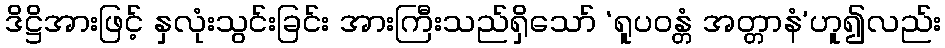
ဒိဋ္ဌိအားဖြင့် နှလုံးသွင်းခြင်း အားကြီးသည်ရှိသော် ‘ရူပဝန္တံ အတ္တာနံ’ဟူ၍လည်း